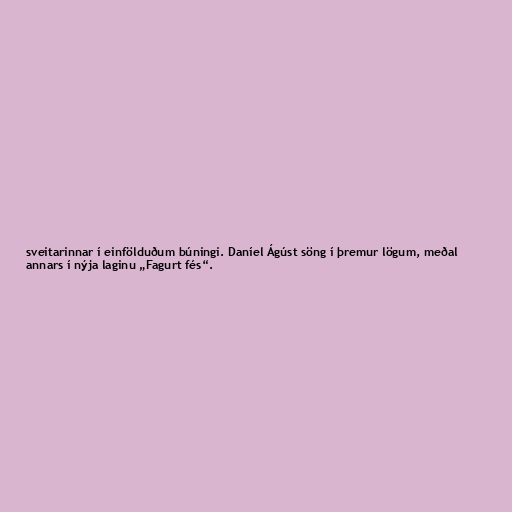
sveitarinnar í einfölduðum búningi. Daníel Ágúst söng í þremur lögum, meðal
annars í nýja laginu „Fagurt fés“.